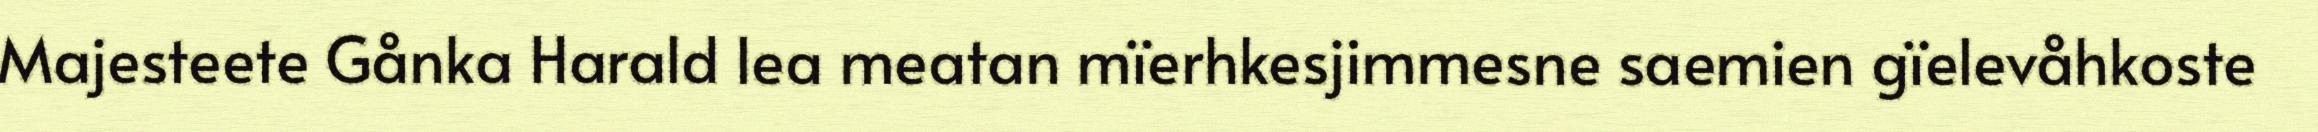
Majesteete Gånka Harald lea meatan mïerhkesjimmesne saemien gïelevåhkoste